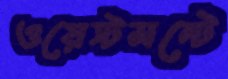
ওয়েস্টমন্টে